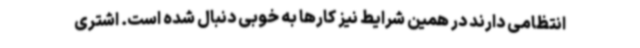
انتظامی دارند در همین شرایط نیز کارها به خوبی دنبال شده است. اشتری